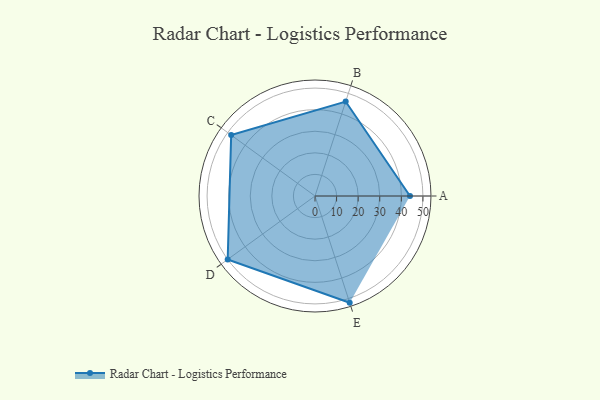
{"axis": {"x": "Skill", "y": "Score"}, "legend": ["Profile"], "data": [{"x": "A", "y": 44.0, "type": "Profile"}, {"x": "B", "y": 46.0, "type": "Profile"}, {"x": "C", "y": 48.0, "type": "Profile"}, {"x": "D", "y": 50.0, "type": "Profile"}, {"x": "E", "y": 52.0, "type": "Profile"}]}